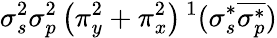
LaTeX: \sigma_{s}^{2}\sigma_{p}^{2}\left(\pi_{y}^{2}+\pi_{x}^{2}\right){}\, ^{1}(\sigma_{s}^{*}\overline{{\sigma_{p}^{*}}})